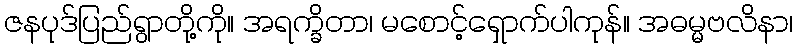
ဇနပုဒ်ပြည်ရွာတို့ကို။ အရက္ခိတာ၊ မစောင့်ရှောက်ပါကုန်။ အဓမ္မဗလိနာ၊